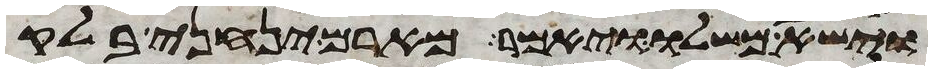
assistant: וישא משלו ויאמר מארם ינחני בלק